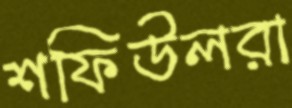
শফিউলরা